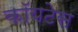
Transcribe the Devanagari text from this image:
कॉयटेस